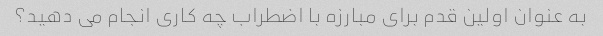
به عنوان اولین قدم برای مبارزه با اضطراب چه کاری انجام می دهید؟